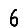
Digit: 6